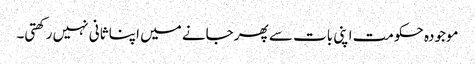
موجودہ حکومت اپنی بات سے پھر جانے میں اپنا ثانی نہیں رکھتی۔